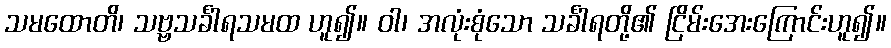
သမထောတိ၊ သဗ္ဗသင်္ခါရသမထ ဟူ၍။ ဝါ၊ အလုံးစုံသော သင်္ခါရတို့၏ ငြိမ်းအေးကြောင်းဟူ၍။